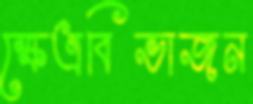
ক্ষেত্রবিভাজন